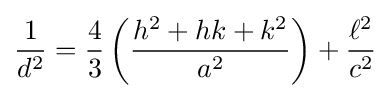
{\frac {1}{d^{2}}}={\frac {4}{3}}\left({\frac {h^{2}+hk+k^{2}}{a^{2}}}\right)+{\frac {\ell ^{2}}{c^{2}}}